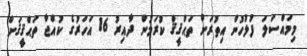
މިމައްސަލަ ފުލުހުން އިތުރަށް ތަޙްޤީޤް ކުރަމުން ދާއިރު 16 އަހަރުގެ ކުއްޖާ ތަޙްޤީޤަށް